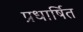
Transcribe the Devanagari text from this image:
प्रधार्षित